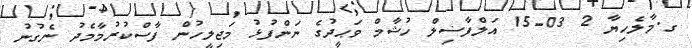
ގ.މާލެހިޔާ 2 03-15 އަލްފާޟިލް ހުޝާމް ވަޙީދުގެ ނަންފުޅު މަޖިލީހުން ފާސްކުރުމާމެދު ނެގުނު